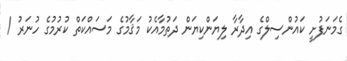
ގެމަނަފުށީ ކައުންސިލްގެ އިދާރާ ލިޔަންކިޔަން ދަތުމާއެކު މަޤާމުގެ މަސައްކަތް ކުރުމުގެ ހުނަރު /